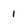
Character: 1